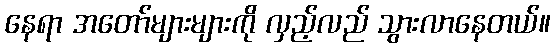
နေရာ အတော်များများကို လှည့်လည် သွားလာနေတယ်။